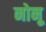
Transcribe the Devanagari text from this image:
नोनू